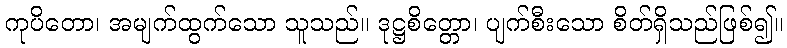
ကုပိတော၊ အမျက်ထွက်သော သူသည်။ ဒုဋ္ဌစိတ္တော၊ ပျက်စီးသော စိတ်ရှိသည်ဖြစ်၍။